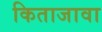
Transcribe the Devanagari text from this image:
किताजावा